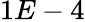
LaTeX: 1E-4